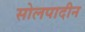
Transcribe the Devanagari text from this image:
सोलपादीन